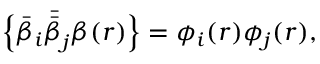
\Big \{ \bar { \beta } _ { i } \bar { \bar { \beta } } _ { j } \beta ( r ) \Big \} = \phi _ { i } ( r ) \phi _ { j } ( r ) ,